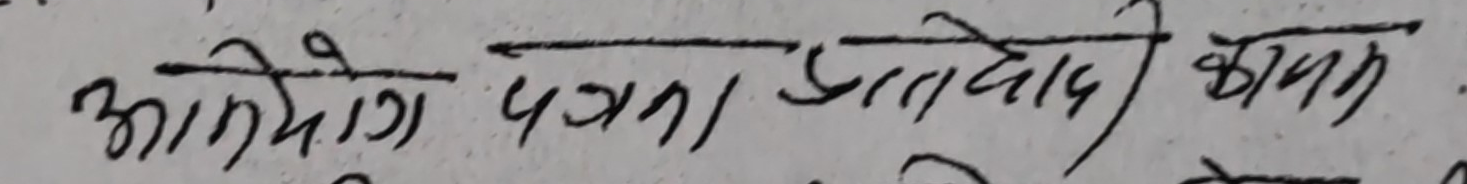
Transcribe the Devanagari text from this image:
आयोजना पत्रा प्रतिवेदन कार्य